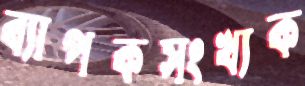
ব্যাপকসংখ্যক